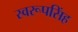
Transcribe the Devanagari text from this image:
स्वरूपसिंह